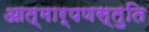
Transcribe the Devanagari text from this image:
आत्मार्पणस्तुति